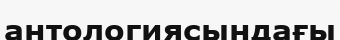
антологиясындағы